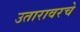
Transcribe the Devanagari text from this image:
उतारावरचे